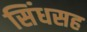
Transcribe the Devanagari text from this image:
सिंधसह